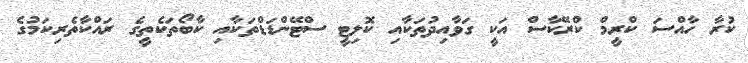
ކުރާ ހާއްސަ ކްރީމް ކްރޭކާސް އަކީ ގަވާއިދުތަކާއި ކޮލިޓީ ސްޓޭންޑަޑްތަކާއި ކާބޯތަކެތީގެ ރައްކާތެރިކަމުގެ